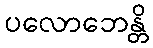
ပလောဘေန္တိ